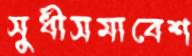
সুধীসমাবেশ